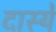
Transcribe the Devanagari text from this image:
दास्ये